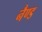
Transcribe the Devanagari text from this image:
नैण्ड